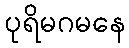
ပုရိမဂမနေ